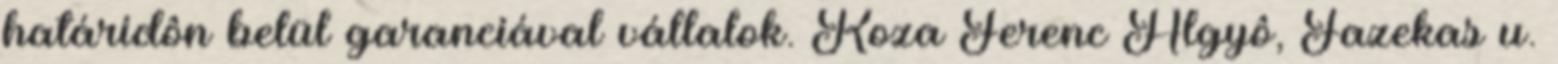
határidôn belül garanciával vállalok. Koza Ferenc Algyô, Fazekas u.